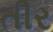
તીર